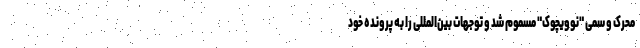
محرک و سمی "نوویچوک" مسموم شد و توجهات بین‌المللی را به پرونده خود